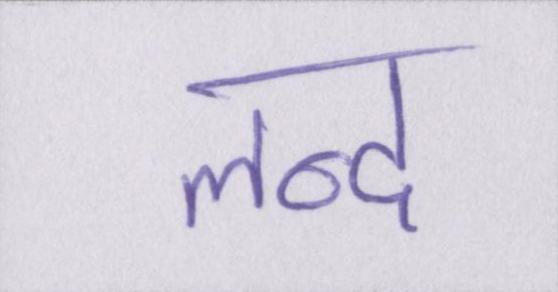
लन्द